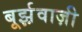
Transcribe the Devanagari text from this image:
बूर्झ़वाज़ी